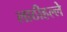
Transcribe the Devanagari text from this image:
लाठीहल्ले